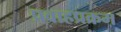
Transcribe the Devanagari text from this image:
प्रवाहप्रक्रम